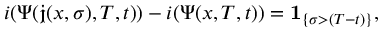
i ( \Psi ( \mathfrak { j } ( x , \sigma ) , T , t ) ) - i ( \Psi ( x , T , t ) ) = \mathbf { 1 } _ { \left\{ \sigma > ( T - t ) \right\} } ,